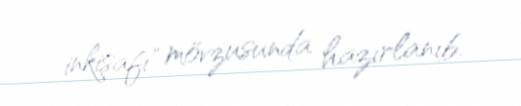
inkişafı" mövzusunda hazırlanıb.